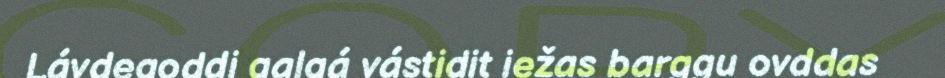
Lávdegoddi galgá vástidit iežas barggu ovddas